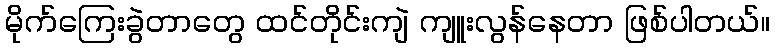
မိုက်ကြေးခွဲတာတွေ ထင်တိုင်းကျဲ ကျူးလွန်နေတာ ဖြစ်ပါတယ်။